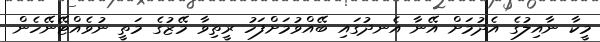
މީކާ ނާއިލުގެ އެދުމަށް އޭނާ އެނދުގައި ބޭއްވުމަށްފަހު ރީތިވާ މޭޒުގެ މަތީ ނުވެއްޓޭނޭހެން